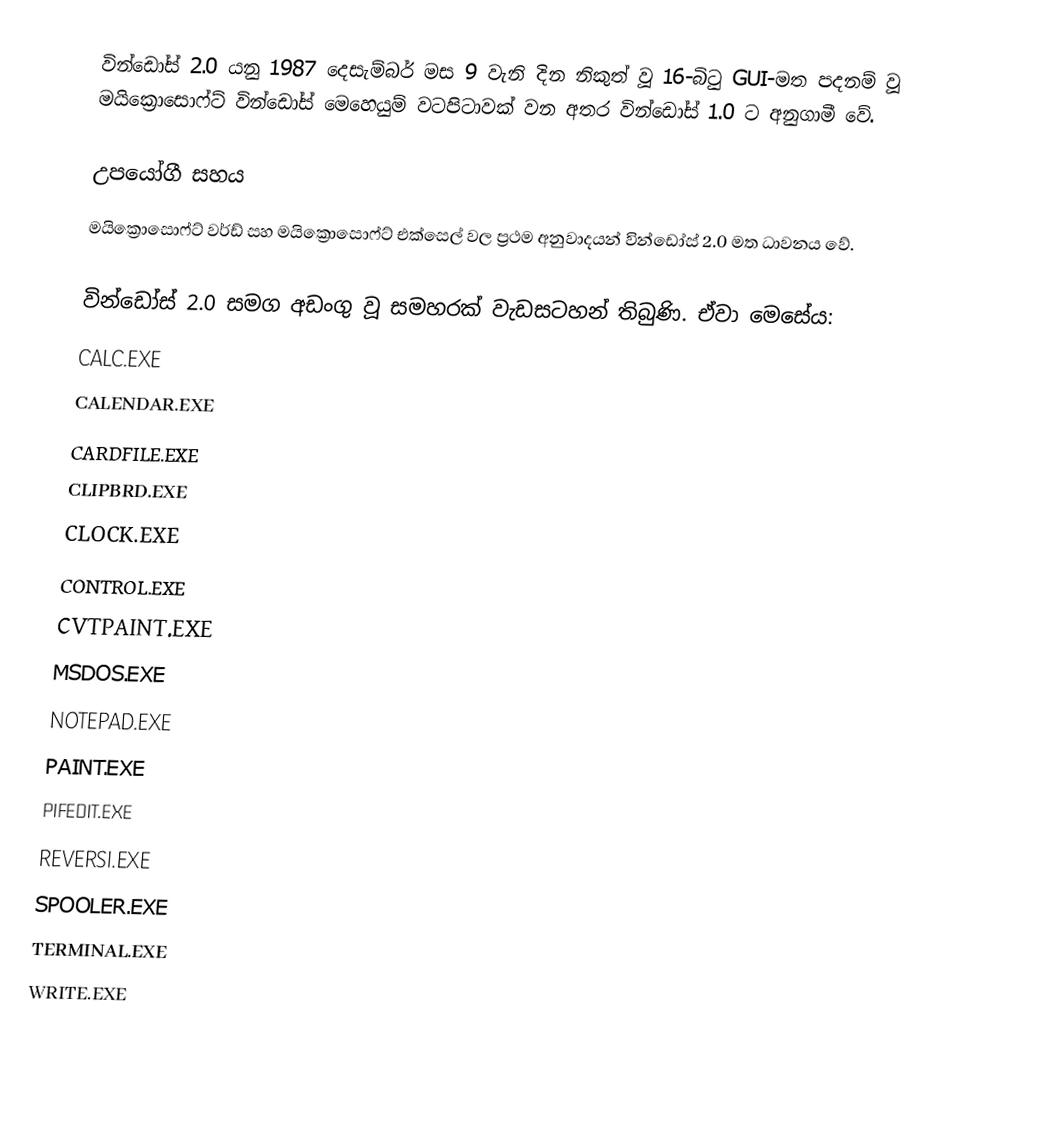
වින්ඩෝස් 2.0 යනු 1987 දෙසැම්බර් මස 9 වැනි දින නිකුත් වූ 16-බිටු GUI-මත පදනම් වූ මයික්‍රොසොෆ්ට් වින්ඩෝස් මෙහෙයුම් වටපිටාවක් වන අතර වින්ඩෝස් 1.0 ට අනුගාමී වේ.

උපයෝගී සහය
මයික්‍රොසොෆ්ට් වර්ඩ් සහ මයික්‍රොසොෆ්ට් එක්සෙල් වල ප්‍රථම අනුවාදයන් වින්ඩෝස් 2.0 මත ධාවනය වේ.

වින්ඩෝස් 2.0 සමග අඩංගු වූ සමහරක් වැඩසටහන් තිබුණි. ඒවා මෙසේය:
CALC.EXE
CALENDAR.EXE
CARDFILE.EXE
CLIPBRD.EXE
CLOCK.EXE
CONTROL.EXE
CVTPAINT.EXE
MSDOS.EXE
NOTEPAD.EXE
PAINT.EXE
PIFEDIT.EXE
REVERSI.EXE
SPOOLER.EXE
TERMINAL.EXE
WRITE.EXE